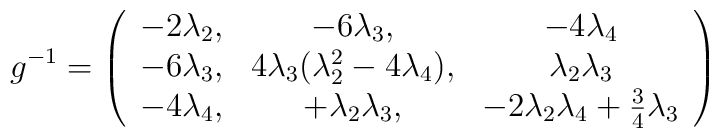
g^{-1} = \left( \begin{array}{ccc}- 2 \lambda_2, & - 6 \lambda_3, & - 4 \lambda_4 \\- 6 \lambda_3, & 4 \lambda_3(\lambda^2_2 - 4 \lambda_4), & \lambda_2 \lambda_3 \\- 4 \lambda_4, & + \lambda_2 \lambda_3, & -2 \lambda_2 \lambda_4 + \frac34 \lambda_3 \end{array} \right)